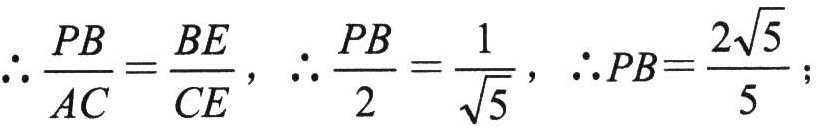
\(\therefore \frac{PB}{AC}=\frac{BE}{CE},\ \therefore \frac{PB}{2}=\frac{1}{\sqrt{5}},\ \therefore PB = \frac{2\sqrt{5}}{5};\)